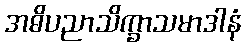
အဓိပညာသိက္ခာသမာဒါနံ